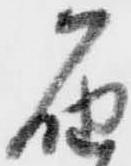
届